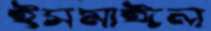
ইসমাঈল